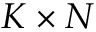
K \times N